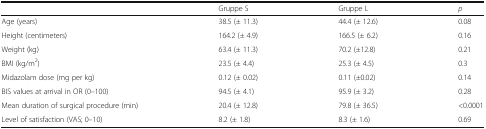
<table><thead><tr><td></td><td><b>Gruppe S</b></td><td><b>Gruppe L</b></td><td><b><i>p</i></b></td></tr></thead><tbody><tr><td>Age (years)</td><td>38.5 (± 11.3)</td><td>44.4 (± 12.6)</td><td>0.08</td></tr><tr><td>Height (centimeters)</td><td>164.2 (± 4.9)</td><td>166.5 (± 6.2)</td><td>0.16</td></tr><tr><td>Weight (kg)</td><td>63.4 (± 11.3)</td><td>70.2 (±12.8)</td><td>0.21</td></tr><tr><td>BMI (kg/m<sup>2</sup>)</td><td>23.5 (± 4.4)</td><td>25.3 (± 4.5)</td><td>0.3</td></tr><tr><td>Midazolam dose (mg per kg)</td><td>0.12 (± 0.02)</td><td>0.11 (±0.02)</td><td>0.14</td></tr><tr><td>BIS values at arrival in OR (0–100)</td><td>94.5 (± 4.1)</td><td>95.9 (± 3.2)</td><td>0.28</td></tr><tr><td>Mean duration of surgical procedure (min)</td><td>20.4 (± 12.8)</td><td>79.8 (± 36.5)</td><td>&lt;0.0001</td></tr><tr><td>Level of satisfaction (VAS; 0–10)</td><td>8.2 (± 1.8)</td><td>8.3 (± 1.6)</td><td>0.69</td></tr></tbody></table>